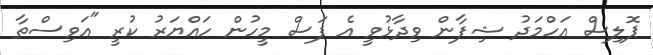
ޕޮލިސް އަހްމަދު ޝިފާން ވިދާޅުވީ އެ ފަސް މީހުން ހައްޔަރު ކުރީ "އަވިސްތާ